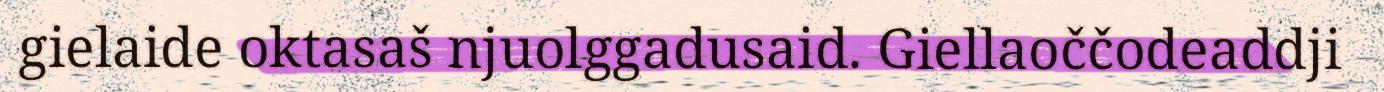
gielaide oktasaš njuolggadusaid. Giellaoččodeaddji